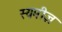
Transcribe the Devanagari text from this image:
स्यमीज़